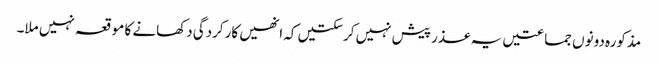
مذکورہ دونوں جماعتیں یہ عذر پیش نہیں کرسکتیں کہ انھیں کارکردگی دکھانے کا موقعہ نہیں ملا۔